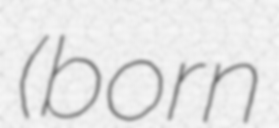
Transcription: (born